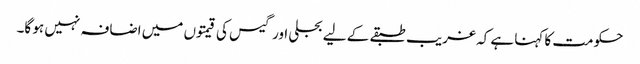
حکومت کا کہنا ہے کہ غریب طبقے کے لیے بجلی اور گیس کی قیمتوں میں اضافہ نہیں ہو گا۔